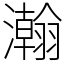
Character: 瀚